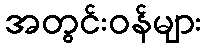
အတွင်းဝန်များ